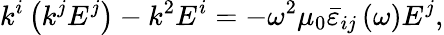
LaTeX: k^{i}\left(k^{j}{E^{j}}\right)-k^{2}{E}^{i}=-\omega^{2}\mu_{0}\bar{\varepsilon}_{ij}\left(\omega\right){E}^{j},